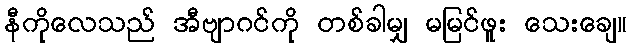
နီကိုလေသည် အီဗျာဂင်ကို တစ်ခါမျှ မမြင်ဖူး သေးချေ။